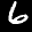
Label: 6